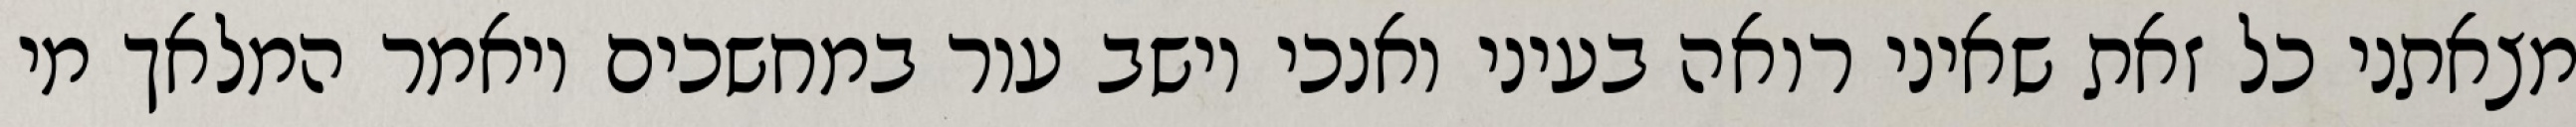
מצאתני כל זאת שאיני רואה בעיני ואנכי יושב עור במחשכים ויאמר המלאך מי